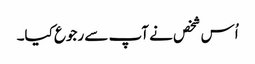
اُس شخص نے آپ سے رجوع کیا۔